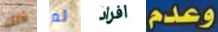
ذلك ثم افراد وعدم